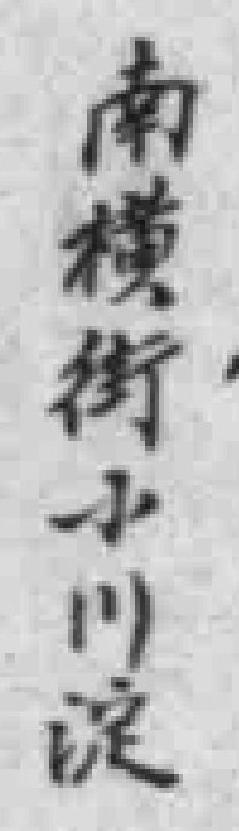
南横街小川淀